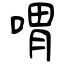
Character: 喟